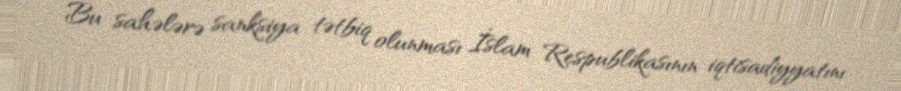
Bu sahələrə sanksiya tətbiq olunması İslam Respublikasının iqtisadiyyatını